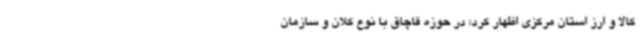
کالا و ارز استان مرکزی اظهار کرد: در حوزه قاچاق با نوع کلان و سازمان